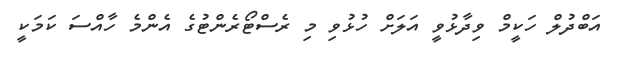
އަބްދުލް ހަކީމް ވިދާޅުވީ އަލަށް ހުޅުވި މި ރެސްޓޯރެންޓުގެ އެންމެ ހާއްސަ ކަމަކީ